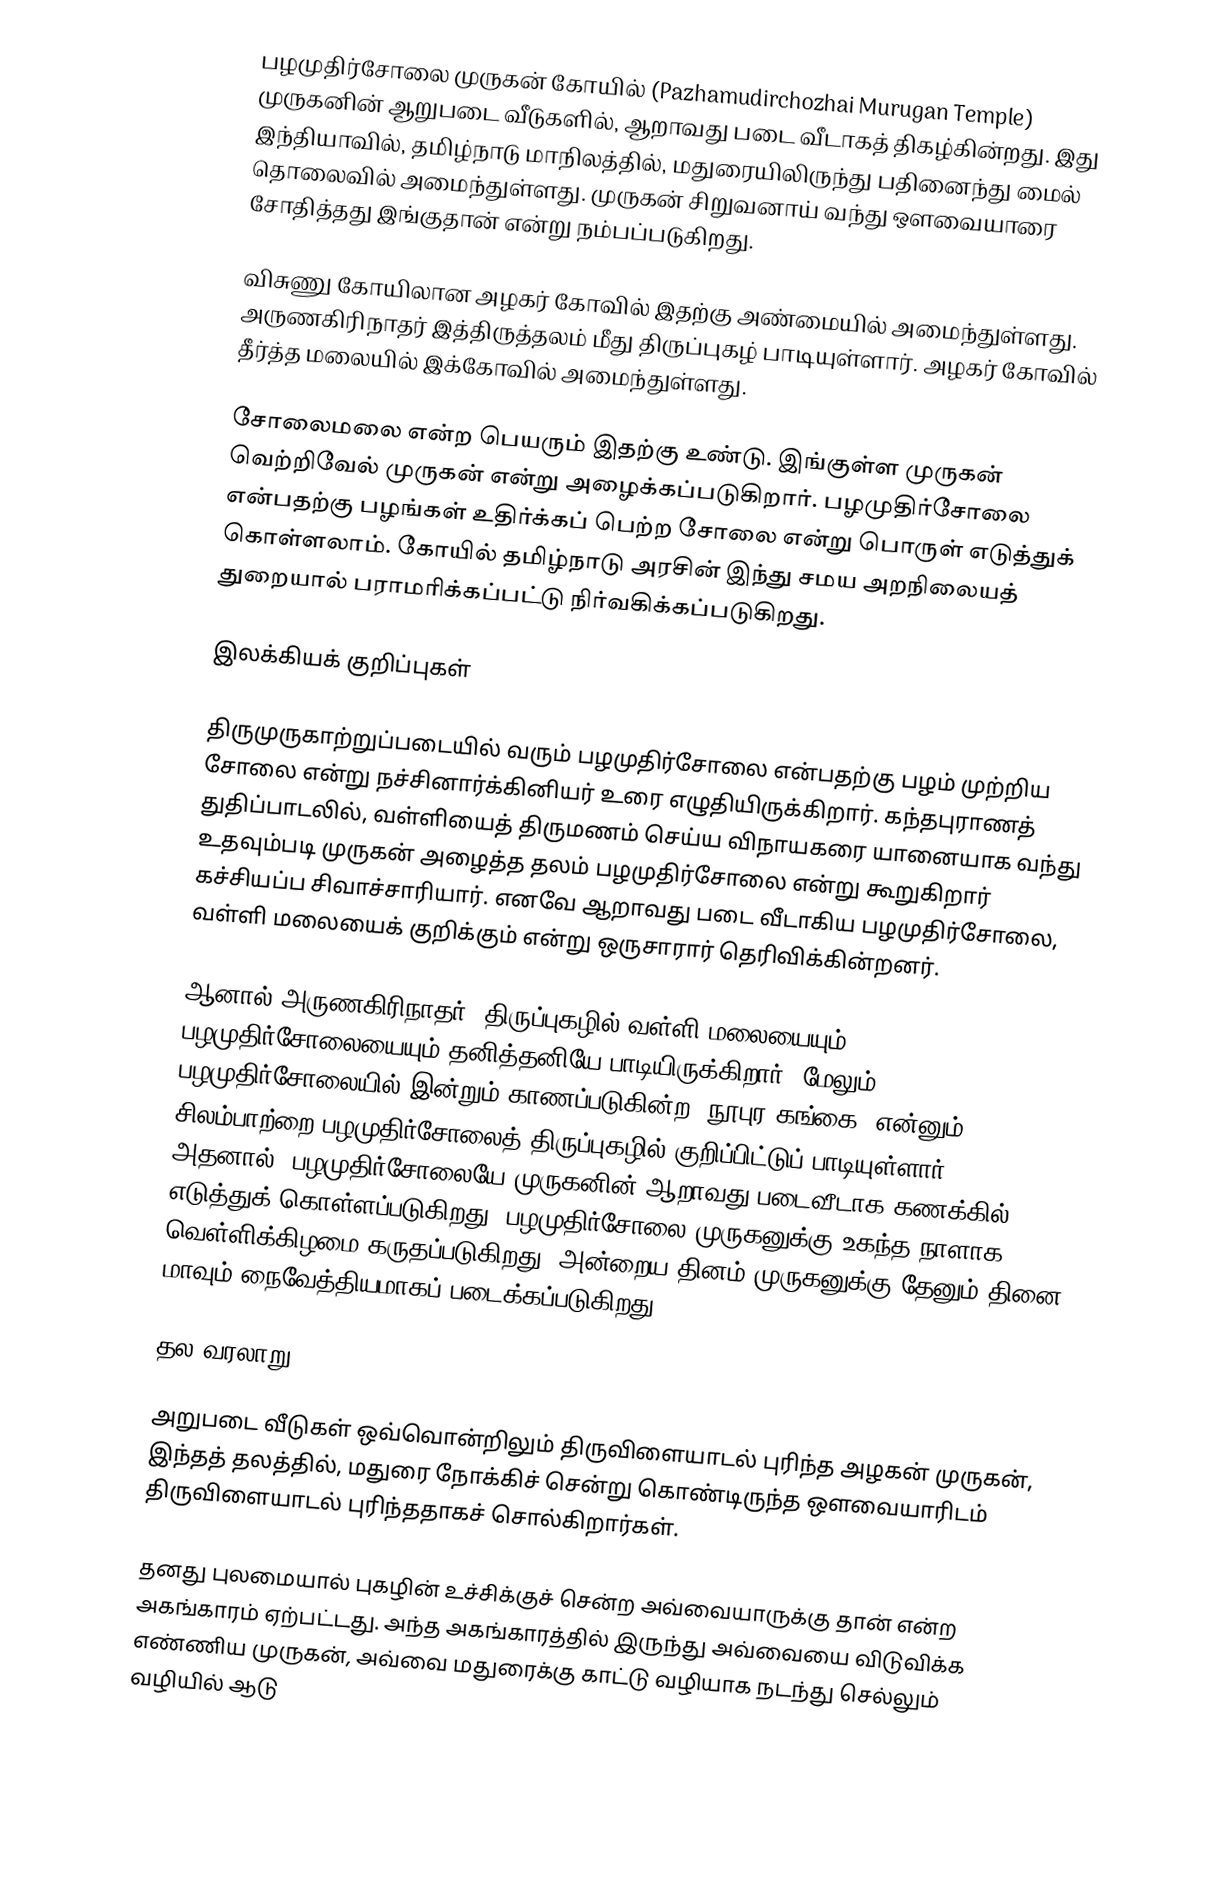
பழமுதிர்சோலை முருகன் கோயில் (Pazhamudirchozhai Murugan Temple)  முருகனின் ஆறுபடை வீடுகளில், ஆறாவது படை வீடாகத் திகழ்கின்றது. இது இந்தியாவில், தமிழ்நாடு மாநிலத்தில், மதுரையிலிருந்து பதினைந்து மைல் தொலைவில் அமைந்துள்ளது. முருகன் சிறுவனாய் வந்து ஔவையாரை சோதித்தது இங்குதான் என்று நம்பப்படுகிறது.

விசுணு கோயிலான அழகர் கோவில் இதற்கு அண்மையில் அமைந்துள்ளது. அருணகிரிநாதர் இத்திருத்தலம் மீது திருப்புகழ் பாடியுள்ளார். அழகர் கோவில் தீர்த்த மலையில் இக்கோவில் அமைந்துள்ளது.

சோலைமலை என்ற பெயரும் இதற்கு உண்டு. இங்குள்ள முருகன் வெற்றிவேல் முருகன் என்று அழைக்கப்படுகிறார். பழமுதிர்சோலை என்பதற்கு பழங்கள் உதிர்க்கப் பெற்ற சோலை என்று பொருள் எடுத்துக் கொள்ளலாம். கோயில் தமிழ்நாடு அரசின் இந்து சமய அறநிலையத் துறையால் பராமரிக்கப்பட்டு நிர்வகிக்கப்படுகிறது.

இலக்கியக் குறிப்புகள்

திருமுருகாற்றுப்படையில் வரும் பழமுதிர்சோலை என்பதற்கு பழம் முற்றிய சோலை என்று நச்சினார்க்கினியர் உரை எழுதியிருக்கிறார். கந்தபுராணத் துதிப்பாடலில், வள்ளியைத் திருமணம் செய்ய விநாயகரை யானையாக வந்து உதவும்படி முருகன் அழைத்த தலம் பழமுதிர்சோலை என்று கூறுகிறார் கச்சியப்ப சிவாச்சாரியார். எனவே ஆறாவது படை வீடாகிய பழமுதிர்சோலை, வள்ளி மலையைக் குறிக்கும் என்று ஒருசாரார் தெரிவிக்கின்றனர்.

ஆனால் அருணகிரிநாதர், திருப்புகழில் வள்ளி மலையையும், பழமுதிர்சோலையையும் தனித்தனியே பாடியிருக்கிறார். மேலும் பழமுதிர்சோலையில் இன்றும் காணப்படுகின்ற "நூபுர கங்கை" என்னும் சிலம்பாற்றை பழமுதிர்சோலைத் திருப்புகழில் குறிப்பிட்டுப் பாடியுள்ளார். அதனால், பழமுதிர்சோலையே முருகனின் ஆறாவது படைவீடாக கணக்கில் எடுத்துக் கொள்ளப்படுகிறது. பழமுதிர்சோலை முருகனுக்கு உகந்த நாளாக வெள்ளிக்கிழமை கருதப்படுகிறது. அன்றைய தினம் முருகனுக்கு தேனும் தினை மாவும் நைவேத்தியமாகப் படைக்கப்படுகிறது.

தல வரலாறு

அறுபடை வீடுகள் ஒவ்வொன்றிலும் திருவிளையாடல் புரிந்த அழகன் முருகன், இந்தத் தலத்தில், மதுரை நோக்கிச் சென்று கொண்டிருந்த ஔவையாரிடம் திருவிளையாடல் புரிந்ததாகச் சொல்கிறார்கள்.

தனது புலமையால் புகழின் உச்சிக்குச் சென்ற அவ்வையாருக்கு தான் என்ற அகங்காரம் ஏற்பட்டது. அந்த அகங்காரத்தில் இருந்து அவ்வையை விடுவிக்க எண்ணிய முருகன், அவ்வை மதுரைக்கு காட்டு வழியாக நடந்து செல்லும் வழியில் ஆடு